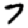
Digit: 7